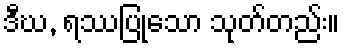
ဒီဃ, ရဿပြုသော သုတ်တည်း။